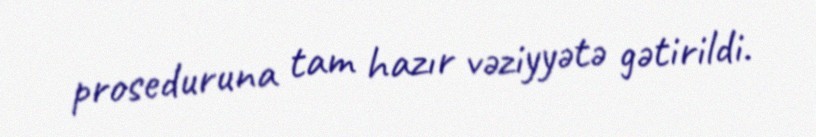
proseduruna tam hazır vəziyyətə gətirildi.